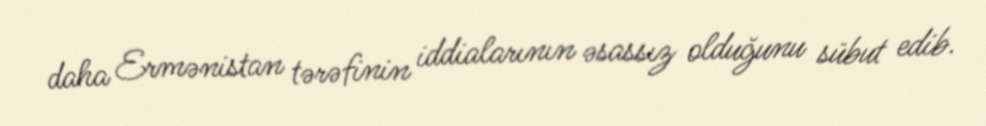
daha Ermənistan tərəfinin iddialarının əsassız olduğunu sübut edib.